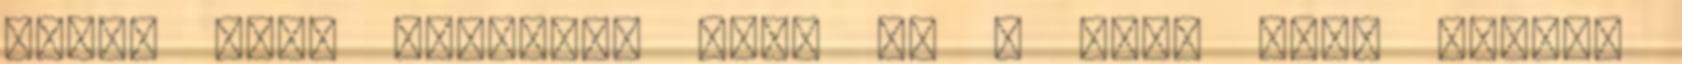
lenne neki könnyebb úgy, de a most csak tovább